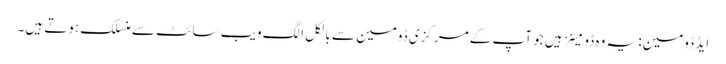
ایڈ ڈومین: یہ وہ ڈومینز ہیں جو آپ کے مرکزی ڈومین سے بالکل الگ ویب سائٹ سے منسلک ہوتے ہیں۔